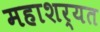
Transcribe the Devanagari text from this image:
महाशर्यत